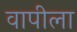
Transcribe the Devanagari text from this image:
वापीला